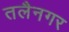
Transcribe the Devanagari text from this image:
तलैनगर